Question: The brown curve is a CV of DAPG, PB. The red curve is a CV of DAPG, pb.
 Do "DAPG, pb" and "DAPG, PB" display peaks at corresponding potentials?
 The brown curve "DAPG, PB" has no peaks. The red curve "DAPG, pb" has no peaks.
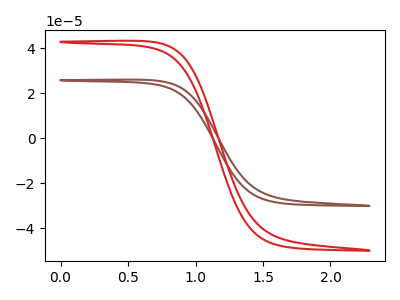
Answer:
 <answer>Niether CV has any peaks.</answer>
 <eval>blanks</eval>